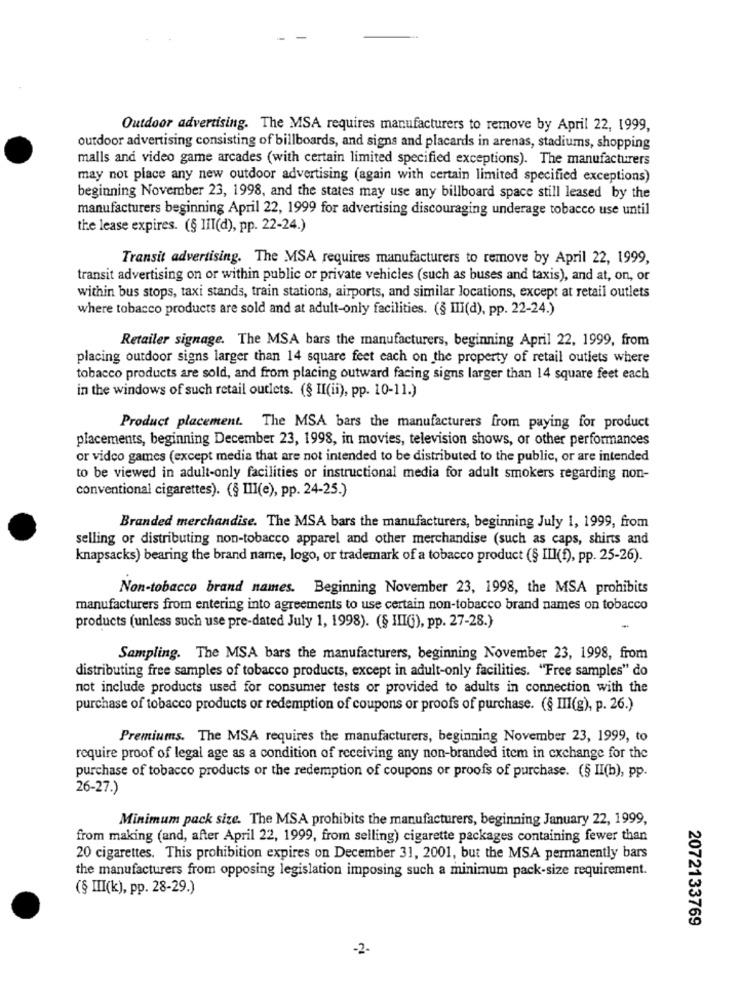
Outdoor advertising. The MSA requires manufacturers to remove by April 22, 1999,
outdoor advertising consisting of billboards, and signs and placards in arenas, stadiums, shopping
malls and video game arcades (with certain limited specified exceptions). The manufacturers
may not place any new outdoor advertising (again with certain limited specified exceptions)
beginning November 23, 1998, and the states may use any billboard space still leased by the
manufacturers beginning April 22, 1999 for advertising discouraging underage tobacco use until
the lease expires. (§ III(d), pp. 22-24.)
Transit advertising. The MSA requires manufacturers to remove by April 22, 1999,
transit advertising on or within public or private vehicles (such as buses and taxis), and at, on, or
within bus stops, taxi stands, train stations, airports, and similar locations, except at retail outlets
where tobacco products are sold and at adult-only facilities. (§ III(d), pp. 22-24.)
Retailer signage. The MSA bars the manufacturers, beginning April 22, 1999, from
placing outdoor signs larger than 14 square feet each on the property of retail outlets where
tobacco products are sold, and from placing outward facing signs larger than 14 square feet each
in the windows of such retail outlets. (§ II(ii), pp. 10-11.)
Product placement. The MSA bars the manufacturers from paying for product
placements, beginning December 23, 1998, in movies, television shows, or other performances
or video games (except media that are not intended to be distributed to the public, or are intended
to be viewed in adult-only facilities or instructional media for adult smokers regarding non-
conventional cigarettes). (§ Ill(e), pp. 24-25.)
Branded merchandise. The MSA bars the manufacturers, beginning July 1, 1999, from
selling or distributing non-tobacco apparel and other merchandise (such as caps, shirts and
knapsacks) bearing the brand name, logo, or trademark of a tobacco product (§ III(f), pp. 25-26).
Non-tobacco brand names. Beginning November 23, 1998, the MSA prohibits
manufacturers from entering into agreements to use certain non-tobacco brand names on tobacco
products (unless such use pre-dated July 1, 1998). (§ IIIG), pp. 27-28.)
Sampling. The MSA bars the manufacturers, beginning November 23, 1998, from
distributing free samples of tobacco products, except in adult-only facilities. "Free samples" do
not include products used for consumer tests or provided to adults in connection with the
purchase of tobacco products or redemption of coupons or proofs of purchase. (§ III(g), p. 26.)
Premiums. The MSA requires the manufacturers, beginning November 23, 1999, to
require proof of legal age as a condition of receiving any non-branded item in exchange for the
purchase of tobacco products or the redemption of coupons or proofs of purchase. (§ II(b), pp.
26-27.)
Minimum pack size. The MSA prohibits the manufacturers, beginning January 22, 1999,
from making (and, after April 22, 1999, from selling) cigarette packages containing fewer than
20 cigarettes. This prohibition expires on December 31, 2001, but the MSA permanently bars
the manufacturers from opposing legislation imposing such a minimum pack-size requirement.
(§ III(k), pp. 28-29.)
2072133769
-2-